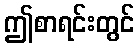
ဤစာရင်းတွင်